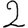
Digit: 2